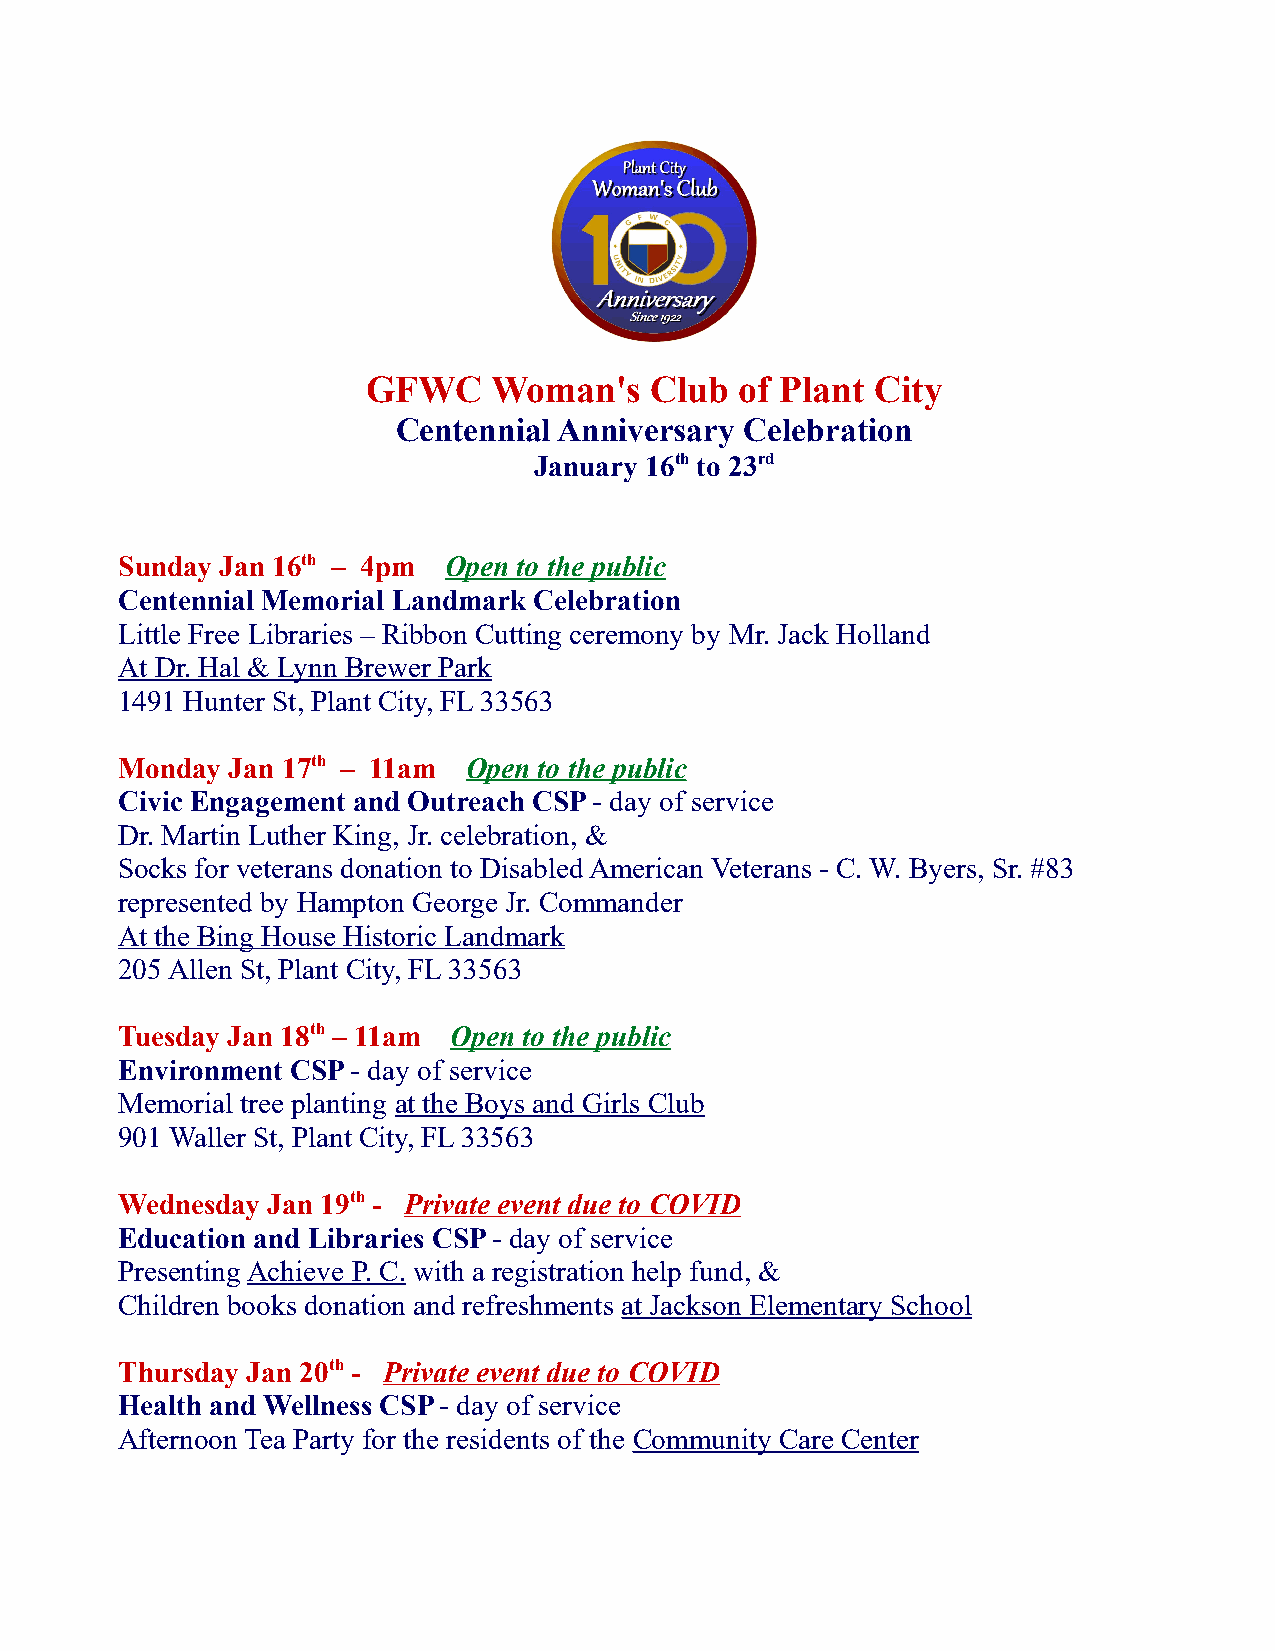
GFWC    Woman's    Club  of Plant City
 Centennial Anniversary Celebration
 January 16th to 23rd
 Sunday Jan 16th – 4pm Open to the public
 Centennial Memorial Landmark Celebration
 Little Free Libraries – Ribbon Cutting ceremony by Mr. Jack Holland
 At Dr. Hal & Lynn Brewer Park
 1491 Hunter St, Plant City, FL 33563
 Monday Jan 17th – 11am Open to the public
 Civic Engagement and Outreach CSP - day of service
 Dr. Martin Luther King, Jr. celebration, &
 Socks for veterans donation to Disabled American Veterans - C. W. Byers, Sr. #83
 represented by Hampton George Jr. Commander
 At the Bing House Historic Landmark
 205 Allen St, Plant City, FL 33563
 Tuesday Jan 18th – 11am Open to the public
 Environment CSP - day of service
 Memorial tree planting at the Boys and Girls Club
 901 Waller St, Plant City, FL 33563
 Wednesday Jan 19th - Private event due to COVID
 Education and Libraries CSP - day of service
 Presenting Achieve P. C. with a registration help fund, &
 Children books donation and refreshments at Jackson Elementary School
 Thursday Jan 20th - Private event due to COVID
 Health and Wellness CSP - day of service
 Afternoon Tea Party for the residents of the Community Care Center